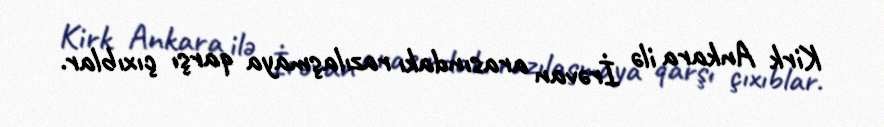
Kirk Ankara ilə İrəvan arasındakı razılaşmaya qarşı çıxıblar.